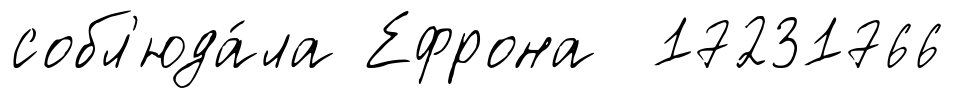
собл'юда́ла Ефрона 17231766